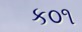
ક૦૧